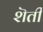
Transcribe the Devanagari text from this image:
शॆती